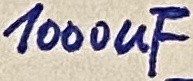
Text: 1000uF